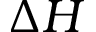
\Delta H